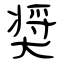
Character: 奨